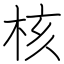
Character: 核